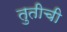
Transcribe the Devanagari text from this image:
तुतीची